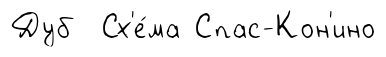
Дуб Сх'е́ма Спас-Кон'ино